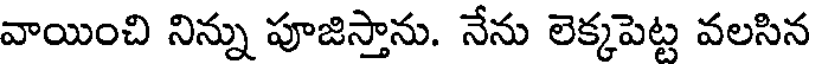
వాయించి నిన్ను పూజిస్తాను. నేను లెక్కపెట్ట వలసిన